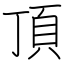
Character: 頂